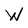
Character: W